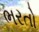
ભરતો